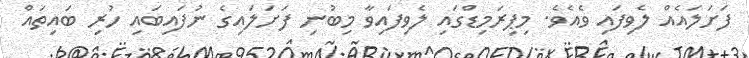
ފަށަލައެއް ލެވިފައި ވެއެވެ. މިޕިރަމިޑްގައި ލެވިފައިވާ މިބުނި ފަށަލައިގެ ނުފައިބައި ހުރި ބައިތައް